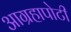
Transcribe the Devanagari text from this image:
आग्रहापोटी